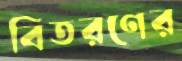
বিতরণের